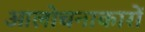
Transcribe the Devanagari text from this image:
आलोचनाकारों